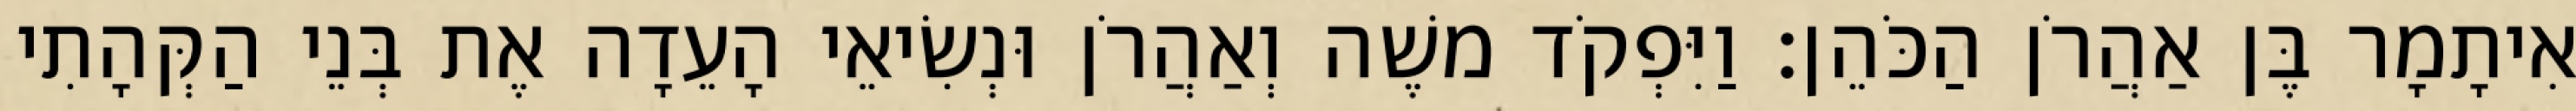
אִיתָמָר בֶּן אַהֲרֹן הַכֹּהֵן׃ וַיִּפְקֹד משֶׁה וְאַהֲרֹן וּנְשִׂיאֵי הָעֵדָה אֶת בְּנֵי הַקְּהָתִי